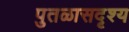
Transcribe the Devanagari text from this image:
पुतळासदृश्य